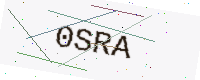
Text: 0SRA